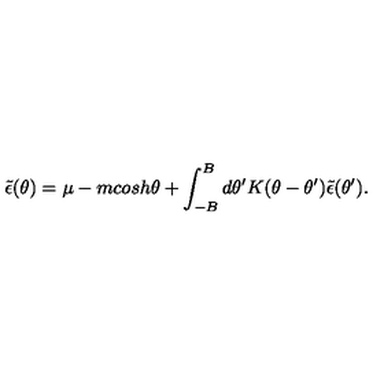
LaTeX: \tilde { \epsilon } ( \theta ) = \mu - m c o s h \theta + \int _ { - B } ^ { B } d \theta ^ { \prime } K ( \theta - \theta ^ { \prime } ) \tilde { \epsilon } ( \theta ^ { \prime } ) .